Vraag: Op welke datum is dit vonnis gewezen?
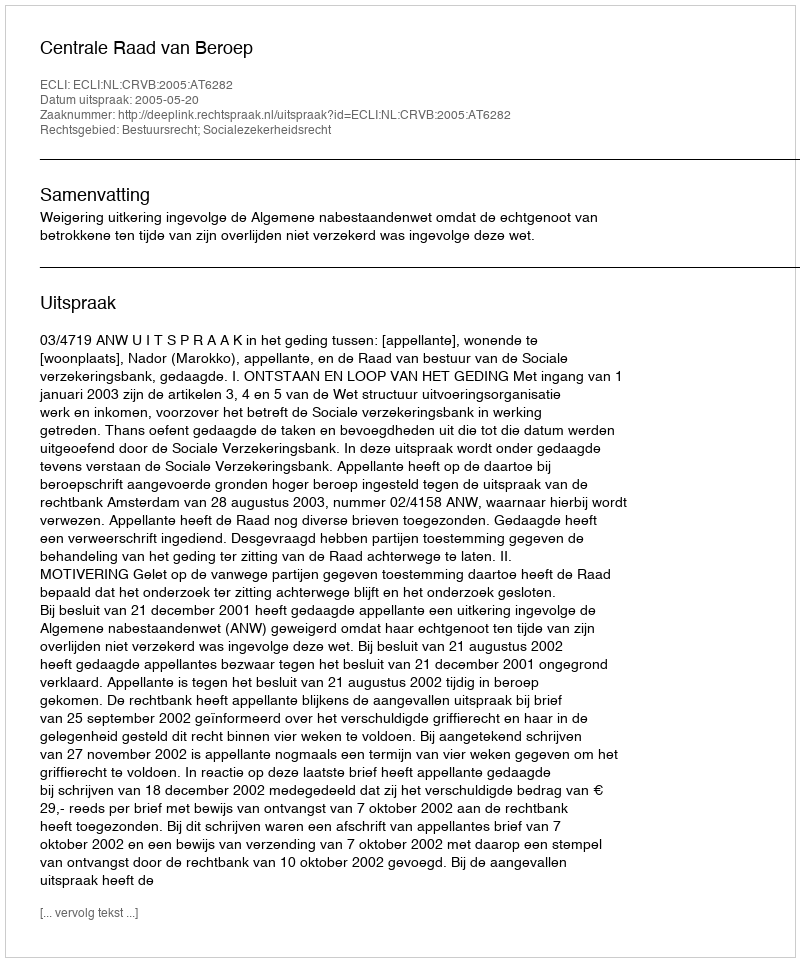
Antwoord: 2005-05-20